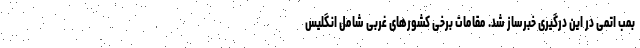
بمب اتمی در این درگیری خبرساز شد. مقامات برخی کشورهای غربی شامل انگلیس